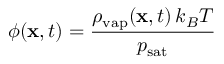
\phi ( \mathbf x , t ) = \frac { \rho _ { \mathrm { v a p } } ( \mathbf x , t ) \, k _ { B } T } { p _ { \mathrm { s a t } } }